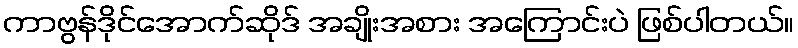
ကာဗွန်ဒိုင်အောက်ဆိုဒ် အချိုးအစား အကြောင်းပဲ ဖြစ်ပါတယ်။